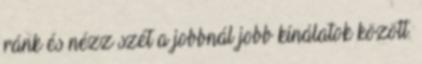
ránk és nézz szét a jobbnál jobb kínálatok között.